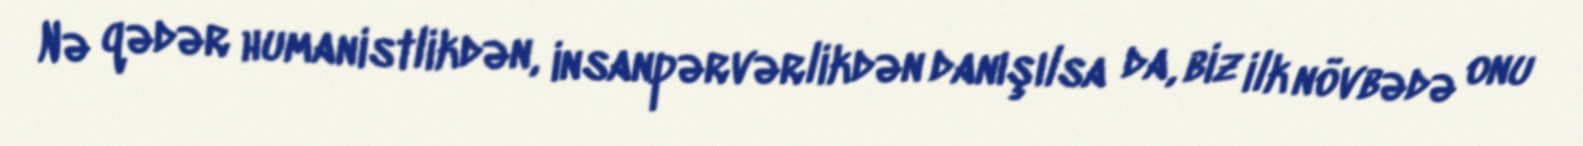
Nə qədər humanistlikdən, insanpərvərlikdən danışılsa da, biz ilk növbədə onu